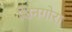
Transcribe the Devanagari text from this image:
शिनगोरा